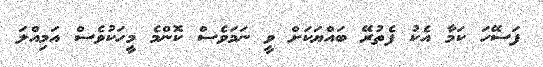
ފަސޭހަ ކަމާ އެކު ފެތުރޭ ބައްޔަކަށް ވީ ނަމަވެސް ކޮންމެ މީހަކުވެސް އަމިއްލަ